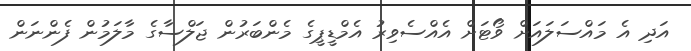
އަދި އެ މައްސަލައަށް ވޯޓަށް އެއްސެވިރު އެމްޑީޕީގެ މެންބަރުން ޖަލްސާގެ މާލަމުން ފެންނަން